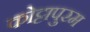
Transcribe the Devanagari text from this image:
कोट्टापुरम